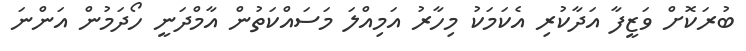
ބުރަކޮށް ވަޒީފާ އަދާކުރި އެކަމަކު މިހާރު އަމިއްލަ މަސައްކަތުން އާމްދަނީ ހޯދަމުން އަންނަ